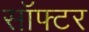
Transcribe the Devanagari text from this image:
सॉफ्टर